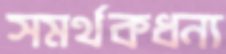
সমর্থকধন্য